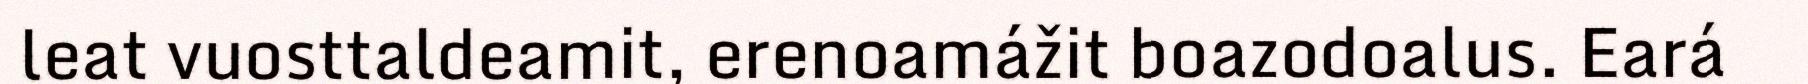
leat vuosttaldeamit, erenoamážit boazodoalus. Eará